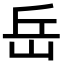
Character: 岳